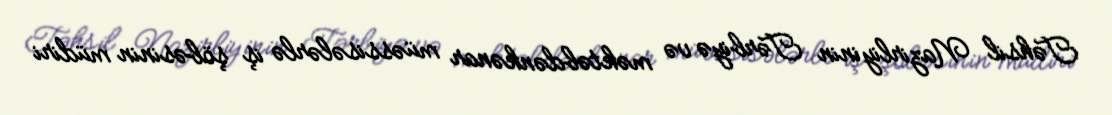
Təhsil Nazirliyinin Tərbiyə və məktəbdənkənar müəssisələrlə iş şöbəsinin müdiri